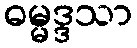
ဓမ္မဒ္ဒသာ